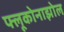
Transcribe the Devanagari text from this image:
फ्लूकोनाझोल